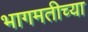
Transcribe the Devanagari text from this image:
भागमतीच्या